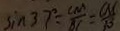
\sin 3 7 ^ { \circ } = \frac { C M } { B C } = \frac { C M } { 1 0 }